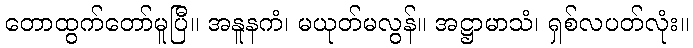
တောထွက်တော်မူပြီ။ အနူနကံ၊ မယုတ်မလွန်။ အဋ္ဌာမာသံ၊ ရှစ်လပတ်လုံး။